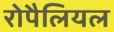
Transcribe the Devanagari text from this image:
रोपैलियल